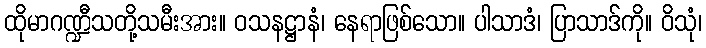
ထိုမာဂဏ္ဍီသတို့သမီးအား။ ဝသနဋ္ဌာနံ၊ နေရာဖြစ်သော။ ပါသာဒံ၊ ပြာသာဒ်ကို။ ဝိသုံ၊